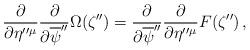
LaTeX: \begin{align*}\frac{\partial }{\partial \eta''{}^{\mu}}\frac{\partial }{\partial \overline{\psi}''}\Omega(\zeta'')=\frac{\partial }{\partial \overline{\psi}''}\frac{\partial }{\partial \eta''{}^{\mu}}F(\zeta'')\,,\end{align*}